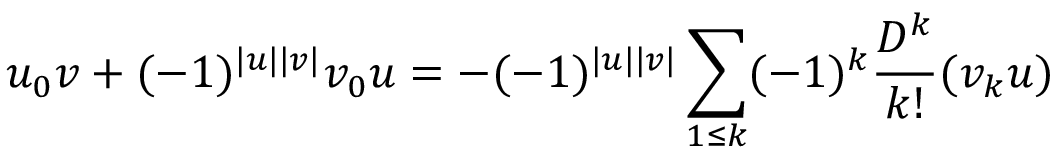
u _ { 0 } v + ( - 1 ) ^ { | u | | v | } v _ { 0 } u = - ( - 1 ) ^ { | u | | v | } \sum _ { 1 \leq k } ( - 1 ) ^ { k } \frac { D ^ { k } } { k ! } ( v _ { k } u )